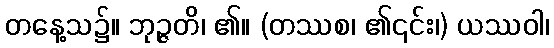
တနေ့သ၌။ ဘုဉ္ဇတိ၊ ၏။ (တဿစ၊ ၏၎င်း၊) ယဿဝါ၊